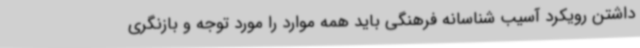
داشتن رویکرد آسیب شناسانه فرهنگی باید همه موارد را مورد توجه و بازنگری